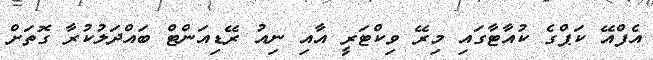
އެފްއޭ ކަޕްގެ ކުއާޓާގައި މިރޭ ވިކްޓަރީ އާއި ނިއު ރޭޑިއަންޓް ބައްދަލުކުރާ ގޮތަށް